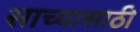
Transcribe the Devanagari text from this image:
साच्यासाठी